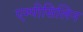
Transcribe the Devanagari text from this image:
एम्पीसिलिन